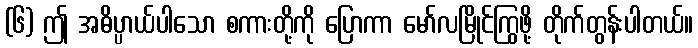
(၆) ဤ အဓိပ္ပာယ်ပါသော စကားတို့ကို ပြောကာ မော်လမြိုင်ကြွဖို့ တိုက်တွန်းပါတယ်။